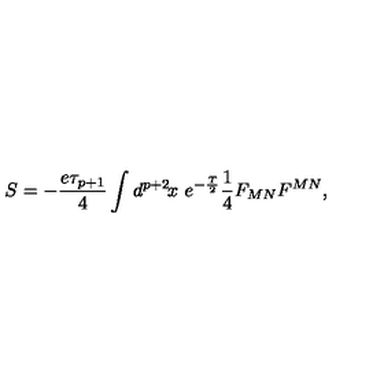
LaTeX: S = - \frac { e \tau _ { p + 1 } } { 4 } \int d ^ { p + 2 } \! x \ e ^ { - \frac { T } { 2 } } \frac { 1 } { 4 } F _ { M N } F ^ { M N } ,